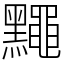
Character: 䵴